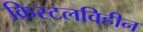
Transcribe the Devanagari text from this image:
क्रिस्टलविहीन